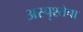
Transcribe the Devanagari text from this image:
अस्पृश्तेचा